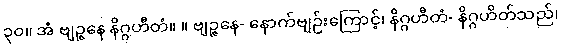
၃၀။ အံ ဗျဉ္ဇနေ နိဂ္ဂဟီတံ။ ။ ဗျဉ္ဇနေ- နောက်ဗျဉ်းကြောင့်၊ နိဂ္ဂဟီတံ- နိဂ္ဂဟိတ်သည်၊